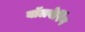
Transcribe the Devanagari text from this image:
बॉलबेरिंग